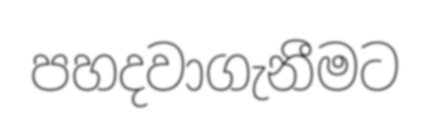
පහදවාගැනීමට